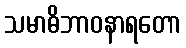
သမာဓိဘာဝနာရတော